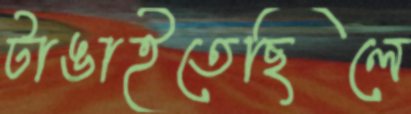
টাঙাইতেছিলে